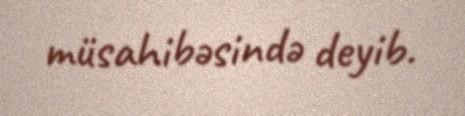
müsahibəsində deyib.